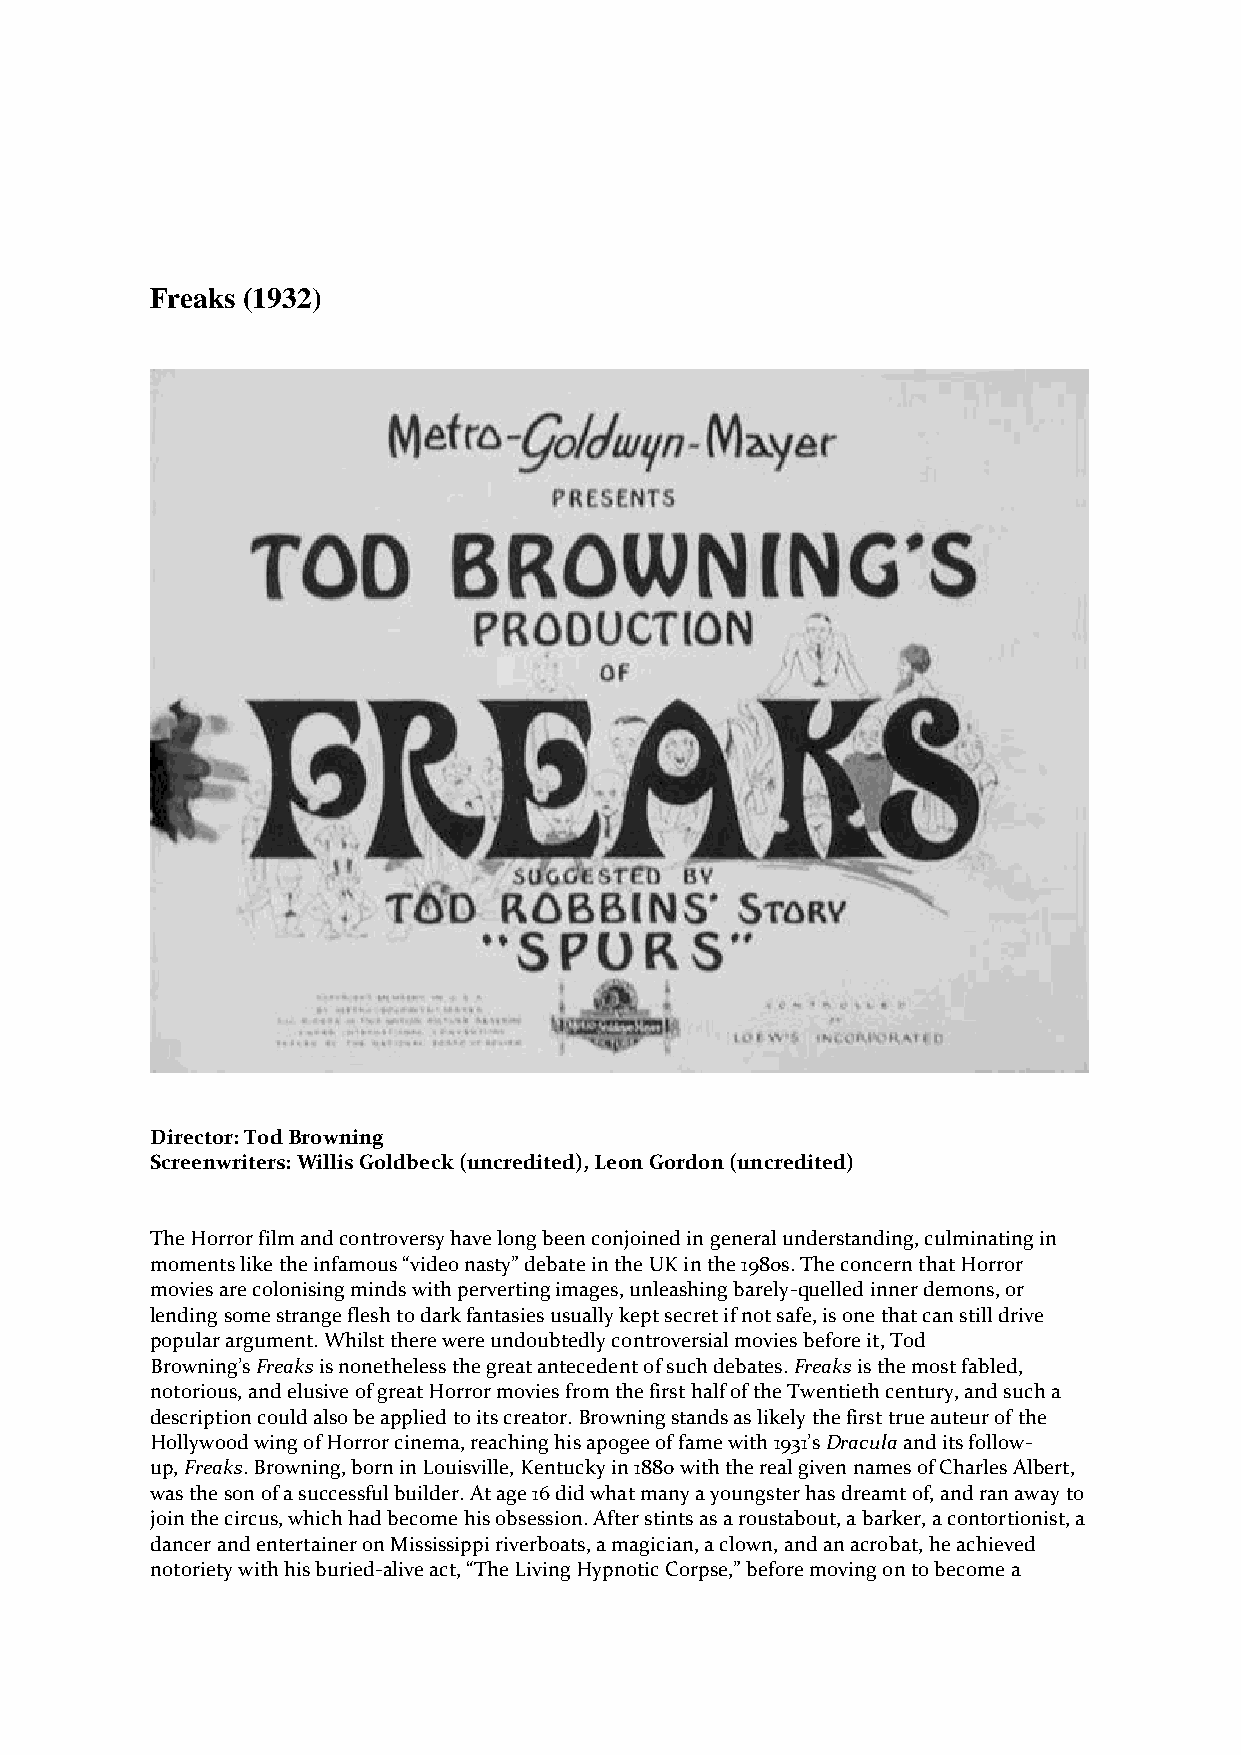
Freaks (1932)
 Director: Tod Browning
 Screenwriters: Willis Goldbeck (uncredited), Leon Gordon (uncredited)
 The Horror film and controversy have long been conjoined in general understanding, culminating in
 moments like the infamous “video nasty” debate in the UK in the 1980s. The concern that Horror
 movies are colonising minds with perverting images, unleashing barely-quelled inner demons, or
 lending some strange flesh to dark fantasies usually kept secret if not safe, is one that can still drive
 popular argument. Whilst there were undoubtedly controversial movies before it, Tod
 Browning’s Freaks is nonetheless the great antecedent of such debates. Freaks is the most fabled,
 notorious, and elusive of great Horror movies from the first half of the Twentieth century, and such a
 description could also be applied to its creator. Browning stands as likely the first true auteur of the
 Hollywood wing of Horror cinema, reaching his apogee of fame with 1931’s Dracula and its follow-
 up, Freaks. Browning, born in Louisville, Kentucky in 1880 with the real given names of Charles Albert,
 was the son of a successful builder. At age 16 did what many a youngster has dreamt of, and ran away to
 join the circus, which had become his obsession. After stints as a roustabout, a barker, a contortionist, a
 dancer and entertainer on Mississippi riverboats, a magician, a clown, and an acrobat, he achieved
 notoriety with his buried-alive act, “The Living Hypnotic Corpse,” before moving on to become a